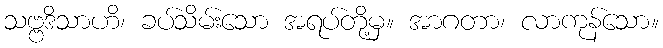
သဗ္ဗဒိသာဟိ၊ ခပ်သိမ်းသော အရပ်တို့မှ။ အာဂတာ၊ လာကုန်သော။